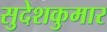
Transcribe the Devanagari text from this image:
सुदेशकुमार